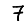
Digit: 7